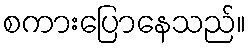
စကားပြောနေသည်။